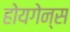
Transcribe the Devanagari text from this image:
होयगेन्स